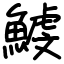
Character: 鰬